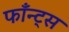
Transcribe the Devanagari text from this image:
फाँन्‍ट्‌स